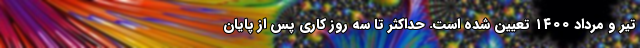
تیر و مرداد ۱۴۰۰ تعیین شده است. حداکثر تا سه روز کاری پس از پایان